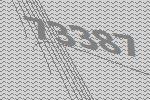
73387